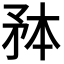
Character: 𭿸